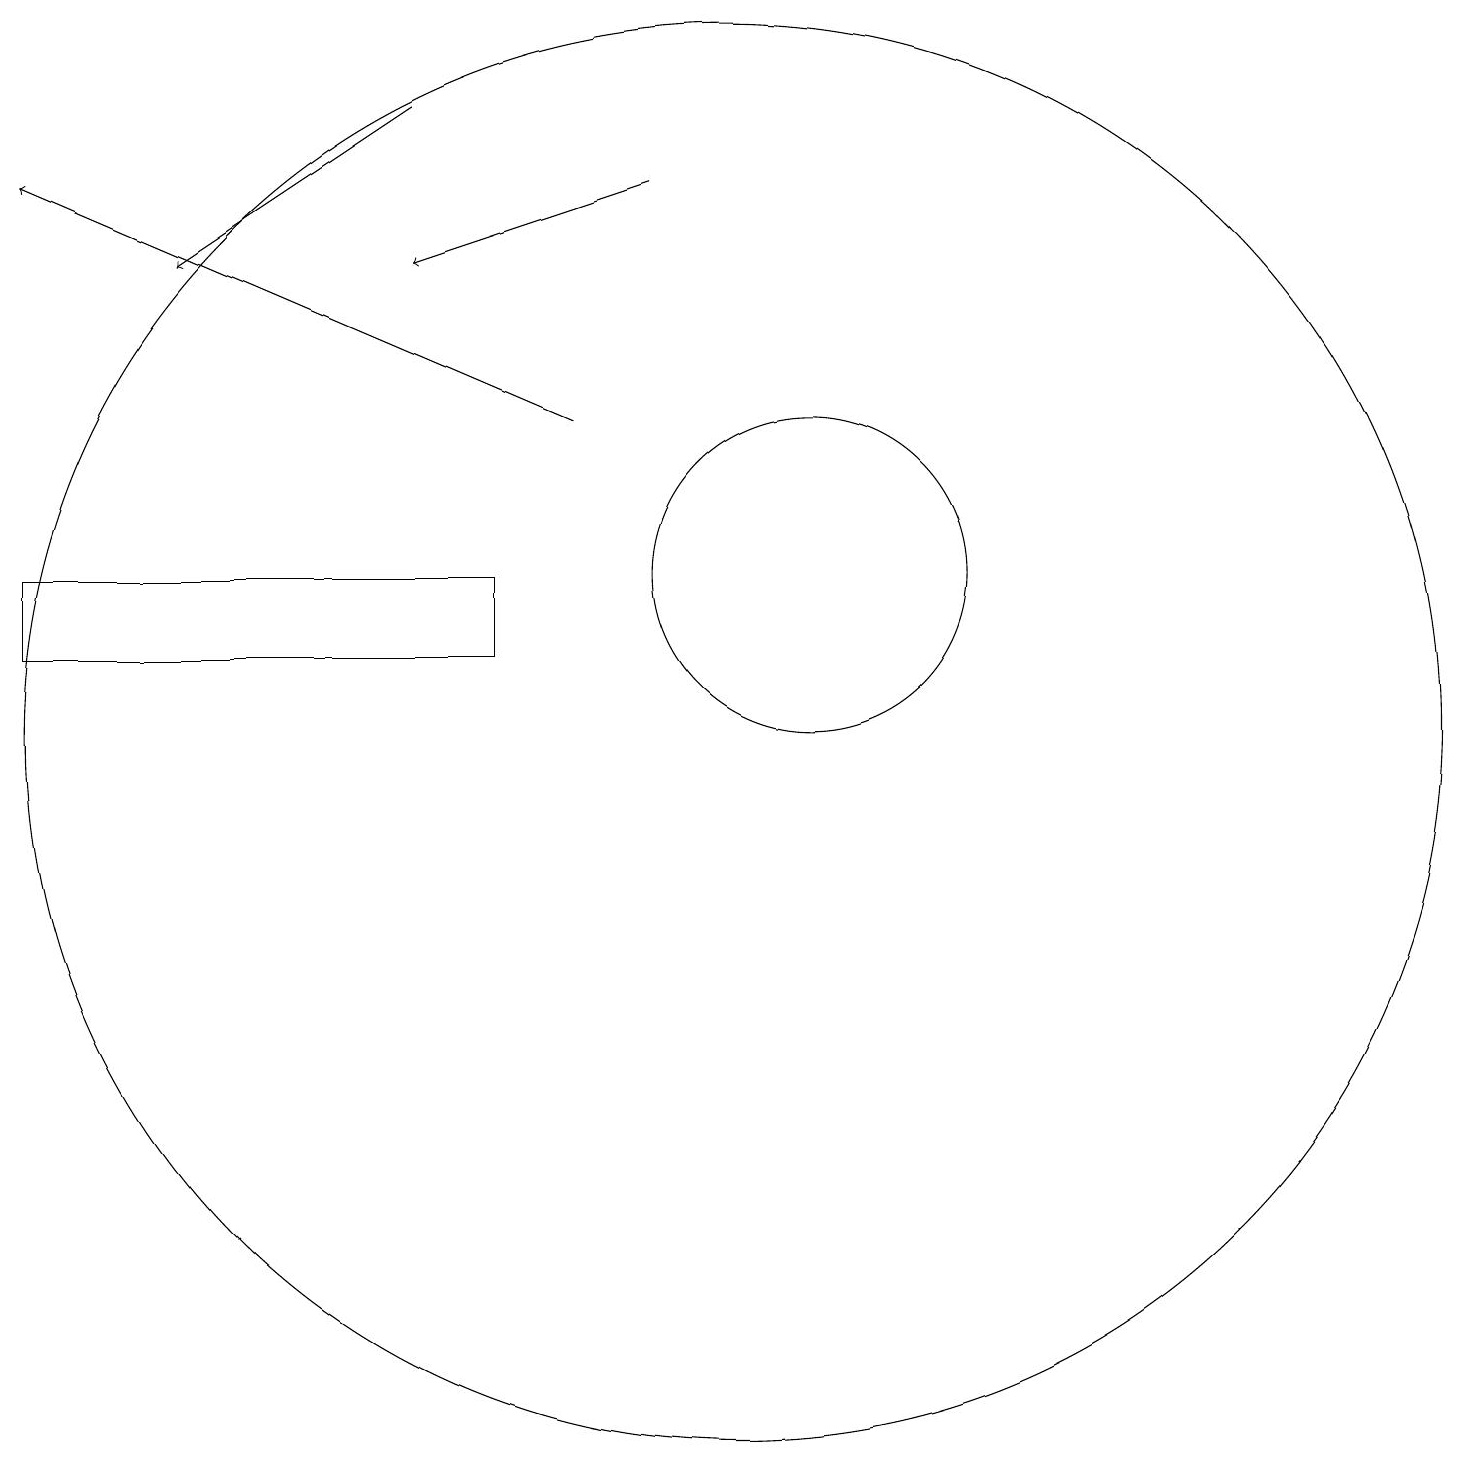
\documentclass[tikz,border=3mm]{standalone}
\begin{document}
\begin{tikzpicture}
\draw (10,10) circle (9);
\draw[->] (6,18) -- (3,16);
\draw (7,11) rectangle (1,12);
\draw[->] (9,17) -- (6,16);
\draw (11,12) circle (2);
\draw[->] (8,14) -- (1,17);
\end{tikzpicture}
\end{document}